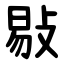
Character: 敡